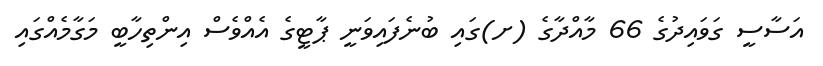
އަސާސީ ގަވައިދުގެ 66 މާއްދާގެ (ށ)ގައި ބުނެފައިވަނީ ޕާޓީގެ އެއްވެސް އިންތިހާބީ މަގާމެއްގައި